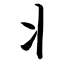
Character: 丬